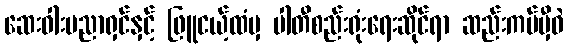
ဆေးဝါးပညာရှင်နှင့် ဖြူငယ့်ထံမှ ပါတီစည်းရုံးရေးဆိုင်ရာ ဆည်းကပ်မှီဝဲ